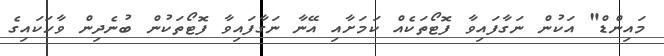
މައިންޑް" އަކުން ނަގާފައިވާ ފޮޓޯތަކެއް ކަމަށާއި އޭނާ ނަގާފައިވާ ފޮޓޯތަކުން ބުނެދިން ވާހަކައިގެ